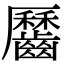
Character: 𪙪